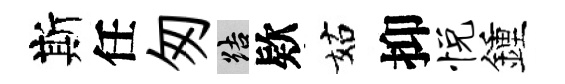
斯任匆結欵姑抑悦鍾